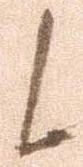
候